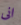
انى